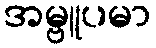
အမ္ဗူပမာ